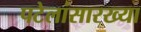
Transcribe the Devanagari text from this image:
पटेलांसारख्या